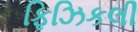
ફિઝિકલી